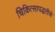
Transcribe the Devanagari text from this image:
चिकित्सापद्धतीचे